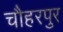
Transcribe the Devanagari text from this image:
चौहरपुर